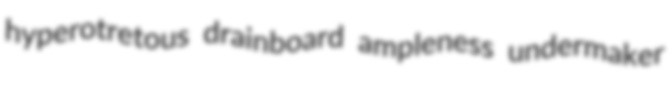
hyperotretous drainboard ampleness undermaker